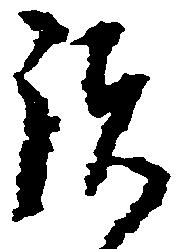
諸